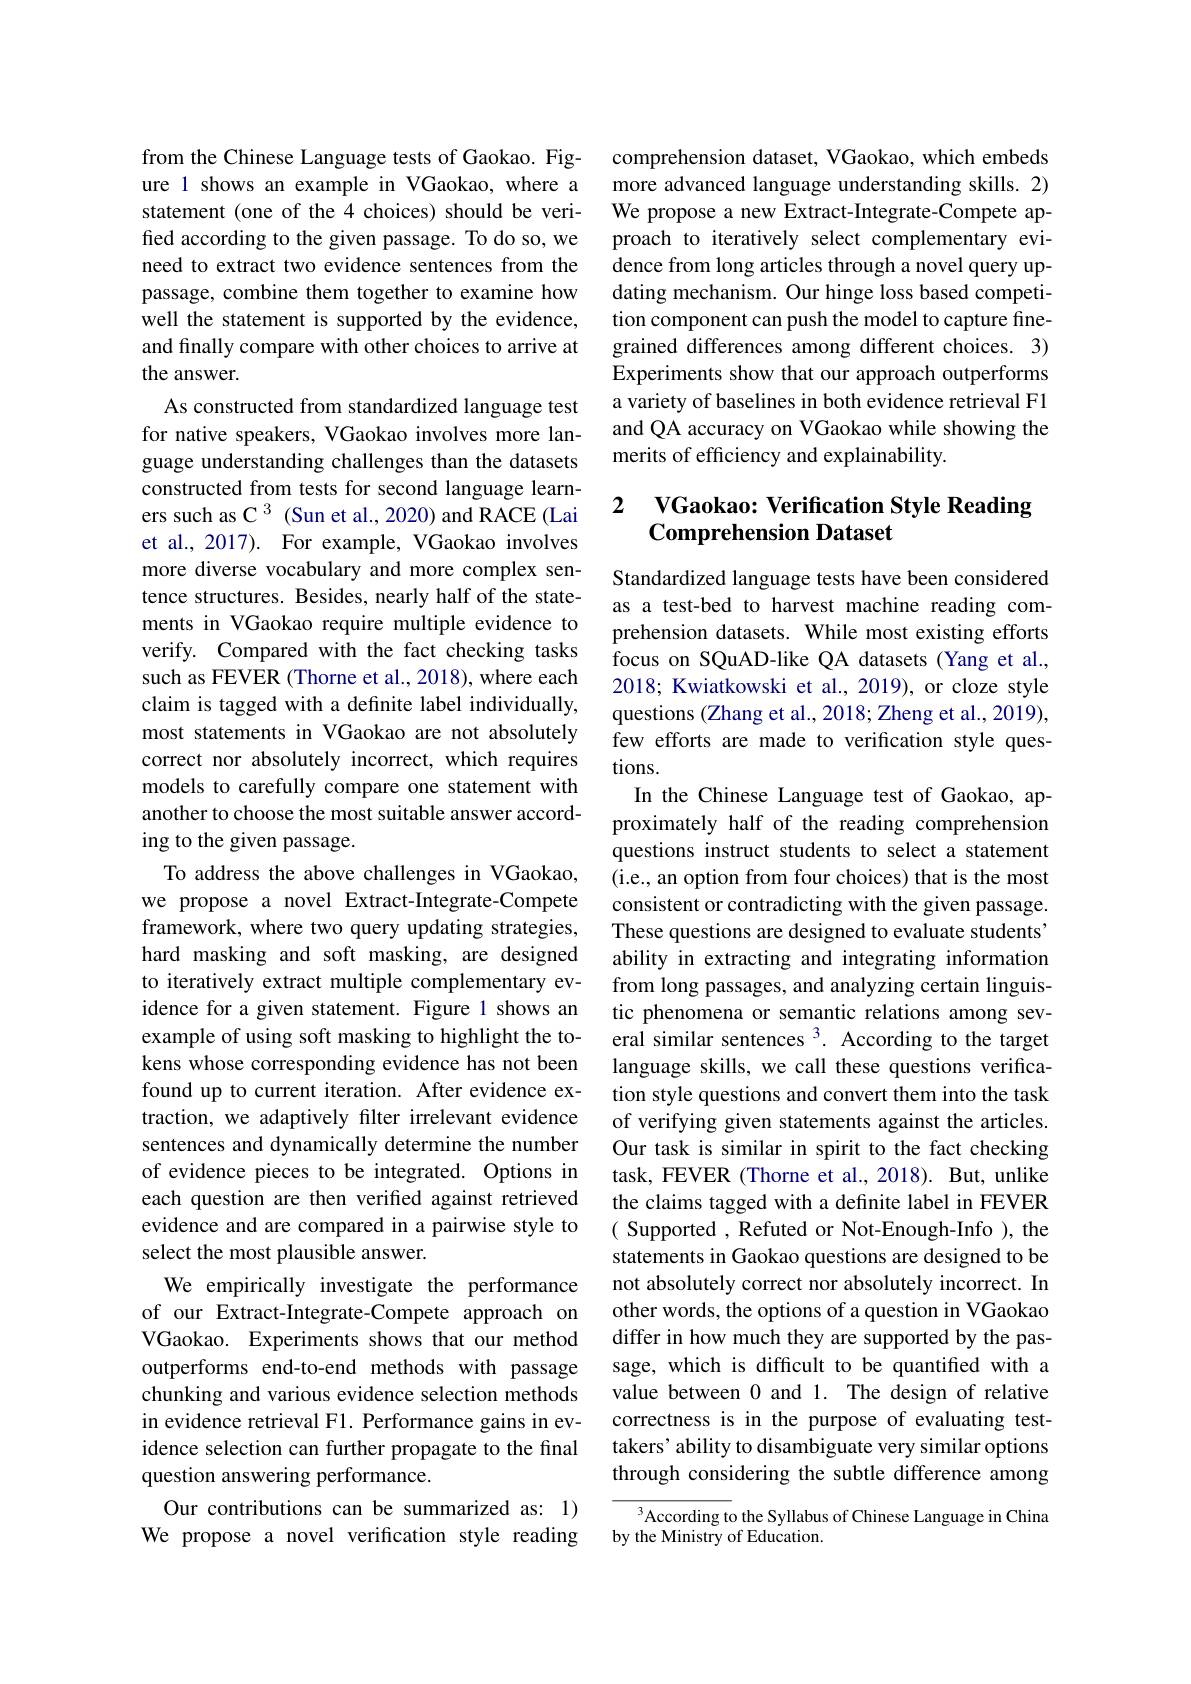
from the Chinese Language tests of Gaokao. Figure 1 shows an example in VGaokao, where a statement (one of the 4 choices) should be verified according to the given passage. To do so, we need to extract two evidence sentences from the passage, combine them together to examine how well the statement is supported by the evidence, and finally compare with other choices to arrive at the answer.
As constructed from standardized language test for native speakers, VGaokao involves more language understanding challenges than the datasets constructed from tests for second language learners such as C $^{3}$ (Sun et al., 2020) and RACE (Lai et al., 2017). For example, VGaokao involves more diverse vocabulary and more complex sentence structures. Besides, nearly half of the statements in VGaokao require multiple evidence to verify. Compared with the fact checking tasks such as FEVER (Thorne et al., 2018), where each claim is tagged with a definite label individually, most statements in VGaokao are not absolutely correct nor absolutely incorrect, which requires models to carefully compare one statement with another to choose the most suitable answer according to the given passage.
To address the above challenges in VGaokao, we propose a novel Extract-Integrate-Compete framework, where two query updating strategies, hard masking and soft masking, are designed to iteratively extract multiple complementary evidence for a given statement. Figure 1 shows an example of using soft masking to highlight the tokens whose corresponding evidence has not been found up to current iteration. After evidence extraction, we adaptively filter irrelevant evidence sentences and dynamically determine the number of evidence pieces to be integrated. Options in each question are then verified against retrieved evidence and are compared in a pairwise style to select the most plausible answer.
We empirically investigate the performance of our Extract-Integrate-Compete approach on VGaokao. Experiments shows that our method outperforms end-to-end methods with passage chunking and various evidence selection methods in evidence retrieval F1. Performance gains in evidence selection can further propagate to the final question answering performance.
Our contributions can be summarized as: 1) We propose a novel verification style reading

comprehension dataset, VGaokao, which embeds more advanced language understanding skills. 2) We propose a new Extract-Integrate-Compete approach to iteratively select complementary evidence from long articles through a novel query updating mechanism. Our hinge loss based competition component can push the model to capture finegrained differences among different choices. 3) Experiments show that our approach outperforms a variety of baselines in both evidence retrieval F1 and QA accuracy on VGaokao while showing the merits of efficiency and explainability.

# 2 VGaokao: Verification Style Reading Comprehension Dataset

Standardized language tests have been considered as a test-bed to harvest machine reading comprehension datasets. While most existing efforts focus on SQuAD-like QA datasets (Yang et al., 2018; Kwiatkowski et al., 2019), or cloze style questions (Zhang et al., 2018; Zheng et al., 2019), few efforts are made to verification style questions.
In the Chinese Language test of Gaokao, approximately half of the reading comprehension questions instruct students to select a statement (i.e., an option from four choices) that is the most consistent or contradicting with the given passage. These questions are designed to evaluate students" ability in extracting and integrating information from long passages, and analyzing certain linguistic phenomena or semantic relations among several similar sentences $^3.$ According to the target language skills, we call these questions verification style questions and convert them into the task of verifying given statements against the articles. Our task is similar in spirit to the fact checking task, FEVER (Thorne et al., 2018). But, unlike the claims tagged with a definite label in FEVER ( Supported , Refuted or Not-Enough-Info ), the statements in Gaokao questions are designed to be not absolutely correct nor absolutely incorrect. In other words, the options of a question in VGaokao differ in how much they are supported by the passage, which is difficult to be quantified with a value between 0 and 1. The design of relative correctness is in the purpose of evaluating testtakers' ability to disambiguate very similar options through considering the subtle difference among
According to the Syllabus of Chinese Language in China

by the Ministry of Education.